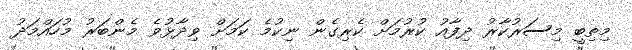
މިތިބީ މިސަރުކާރު ދިފާއު ކުރުމަަށް ކެރިގެން ނިކުމެ ކަމަށް ވިދާޅުވެ މެންބަރު މުހައްމަދު